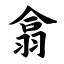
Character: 翕